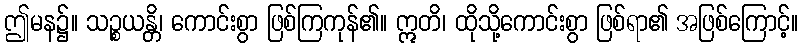
ဤမန၌။ သဉ္စယန္တိ၊ ကောင်းစွာ ဖြစ်ကြကုန်၏။ ဣတိ၊ ထိုသို့ကောင်းစွာ ဖြစ်ရာ၏ အဖြစ်ကြောင့်။